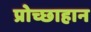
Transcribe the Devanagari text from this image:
प्रोच्छाहान